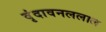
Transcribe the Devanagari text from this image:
वृंदावनललाल